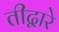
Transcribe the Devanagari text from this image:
तीद्वारे